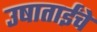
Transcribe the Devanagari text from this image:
उषाताईंचे